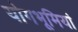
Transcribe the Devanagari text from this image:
योगभूमियां